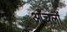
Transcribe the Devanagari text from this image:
आँचलों